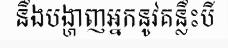
នឹងបង្ហាញអ្នកនូវគន្លឹះបី